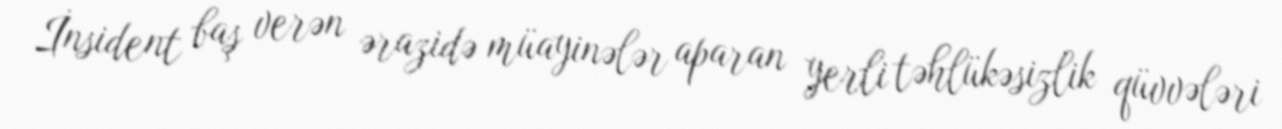
İnsident baş verən ərazidə müayinələr aparan yerli təhlükəsizlik qüvvələri